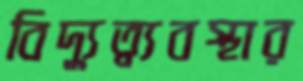
বিদ্যুত্ব্যবস্থার